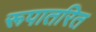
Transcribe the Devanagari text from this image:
रूपातरित